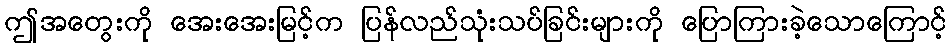
ဤအတွေးကို အေးအေးမြင့်က ပြန်လည်သုံးသပ်ခြင်းများကို ပြောကြားခဲ့သောကြောင့်